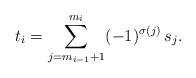
LaTeX: \begin{align*} t_i = \sum_{j=m_{i-1} + 1}^{m_i} (-1)^{\sigma(j)} \, s_j. \end{align*}